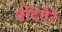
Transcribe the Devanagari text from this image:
बेदिवेरे